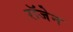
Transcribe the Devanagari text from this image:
रॉजेन